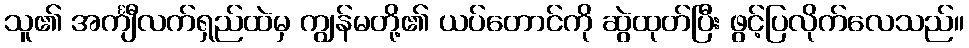
သူ၏ အင်္ကျီလက်ရှည်ထဲမှ ကျွန်မတို့၏ ယပ်တောင်ကို ဆွဲထုတ်ပြီး ဖွင့်ပြလိုက်လေသည်။